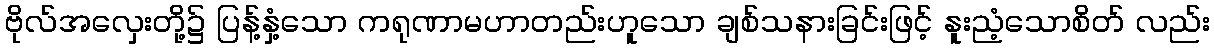
ဗိုလ်အလှေးတို့၌ ပြန့်နှံ့သော ကရုဏာမဟာတည်းဟူသော ချစ်သနားခြင်းဖြင့် နူးညံ့သောစိတ် လည်း